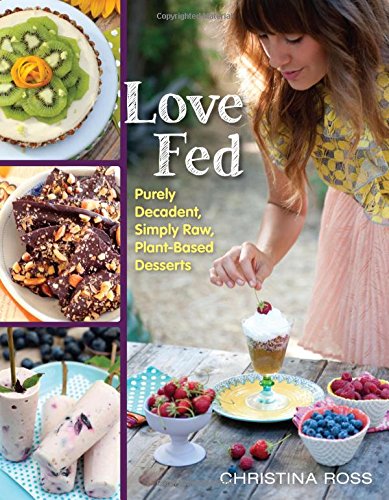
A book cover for Love Fed: Purely Decadent, Simply Raw, Plant-Based Desserts; Christina Ross; Cookbooks, Food & Wine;